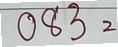
083 =